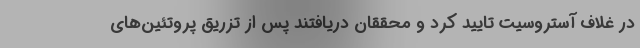
در غلاف آستروسیت تایید کرد و محققان دریافتند پس از تزریق پروتئین‌های